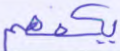
يكفهم